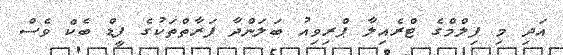
އަދި މި ފިލްމްގެ ޓްރެއިލާ ޕްރިވިއު ބަލަންދާ ފަރާތްތަކުގެ ފީޑް ބެކް ވެސް